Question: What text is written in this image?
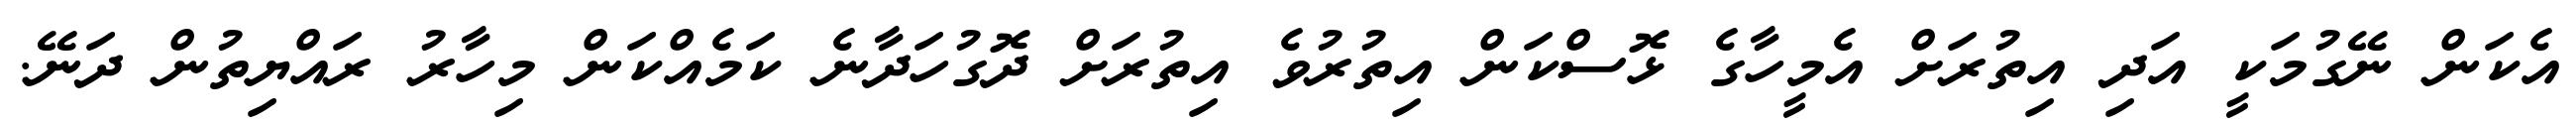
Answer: އެކަން ނޭގުމަކީ އަދި އިތުރަށް އެމީހާގެ ޅޮސްކަން އިތުރުވެ އިތުރަށް ދޮގުހަދާނެ ކަމެއްކަން މިހާރު ރައްޔިތުން ދަނޭ.